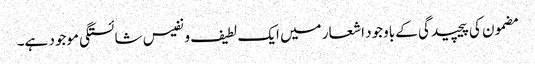
مضمون کی پیچیدگی کے باوجود اشعار میں ایک لطیف و نفیس شائستگی موجود ہے۔